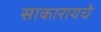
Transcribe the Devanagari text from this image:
साकारायचे